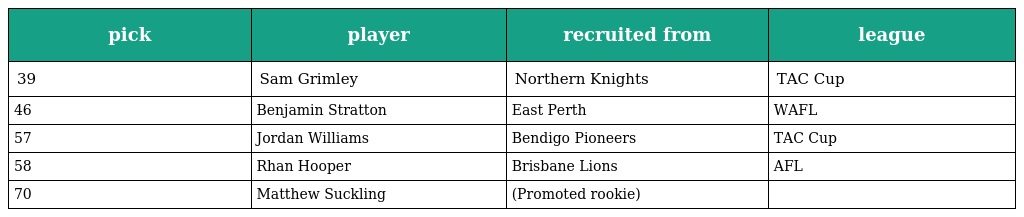
| pick | player | recruited from | league |
 | --- | --- | --- | --- |
 | 39 | Sam Grimley | Northern Knights | TAC Cup |
 | 46 | Benjamin Stratton | East Perth | WAFL |
 | 57 | Jordan Williams | Bendigo Pioneers | TAC Cup |
 | 58 | Rhan Hooper | Brisbane Lions | AFL |
 | 70 | Matthew Suckling | (Promoted rookie) |  |